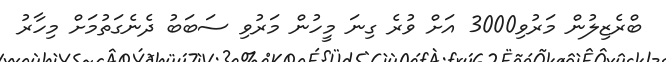
ބްރެޒިލުން މަރުވި3000 އަށް ވުރެ ގިނަ މީހުން މަރުވި ސަބަބު ދެނެގަތުމަށް މިހާރު